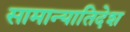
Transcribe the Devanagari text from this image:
सामान्यातिदेश